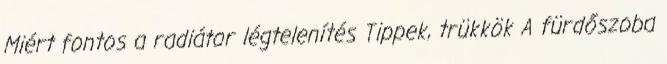
Miért fontos a radiátor légtelenítés Tippek, trükkök A fürdőszoba